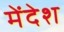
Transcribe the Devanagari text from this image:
मेंदेश